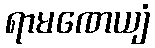
ရာမဏေယျံ